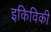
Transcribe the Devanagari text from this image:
इकिविकी